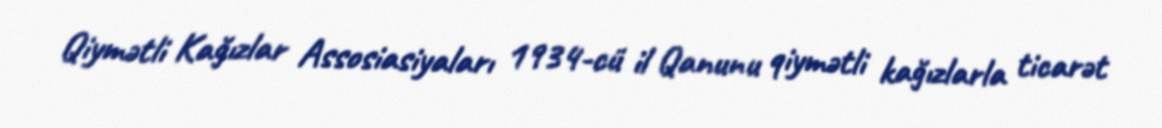
Qiymətli Kağızlar Assosiasiyaları 1934-cü il Qanunu qiymətli kağızlarla ticarət